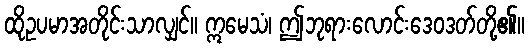
ထိုဥပမာအတိုင်းသာလျှင်။ ဣမေသံ၊ ဤဘုရားလောင်းဒေဝဒတ်တို့၏။